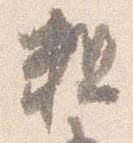
粗